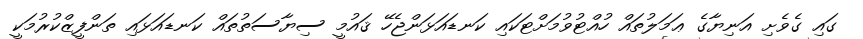
ގައި ގެވެށި އަނިޔާގެ ޢަމަލުތައް ހުއްޓުވުމަށްޓަކައި ކަނޑައަޅަންޖެހޭ ޤައުމީ ސިޔާސަތުތައް ކަނޑައަޅައި ތަންފީޒްކުރުމަކީ